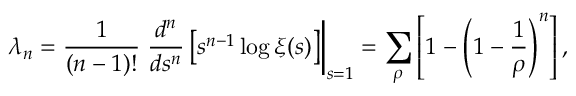
\lambda _ { n } = { \frac { 1 } { ( n - 1 ) ! } } \left. { \frac { d ^ { n } } { d s ^ { n } } } \left[ s ^ { n - 1 } \log \xi ( s ) \right] \right| _ { s = 1 } = \sum _ { \rho } \left[ 1 - \left( 1 - { \frac { 1 } { \rho } } \right) ^ { n } \right] ,